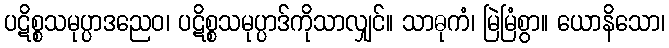
ပဋိစ္စသမုပ္ပာဒညေဝ၊ ပဋိစ္စသမုပ္ပာဒ်ကိုသာလျှင်။ သာဓုကံ၊ မြဲမြံစွာ။ ယောနိသော၊